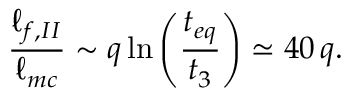
\frac { \ell _ { f , I I } } { \ell _ { m c } } \sim q \ln \left( { \frac { t _ { e q } } { t _ { 3 } } } \right) \simeq 4 0 \, q .